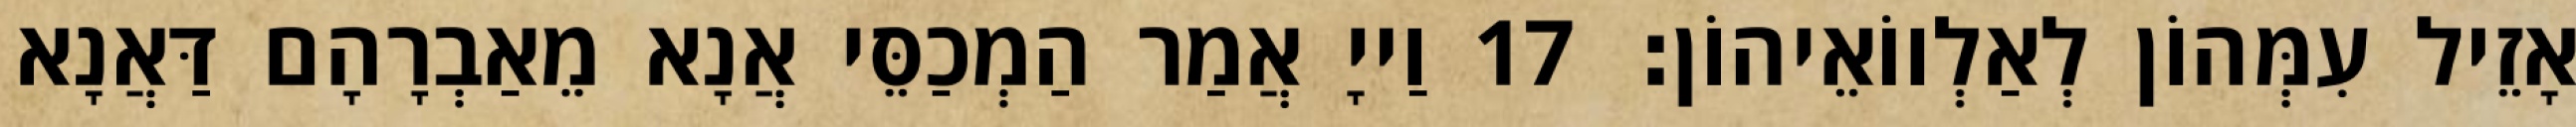
אָזֵיל עִמְּהוֹן לְאַלְווֹאֵיהוֹן׃ 17 וַייָ אֲמַר הַמְכַסֵּי אֲנָא מֵאַבְרָהָם דַּאֲנָא